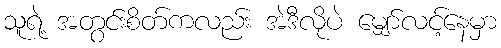
သူရဲ့ အတွင်းစိတ်ကလည်း အဲဒီလိုပဲ မျှော်လင့်နေမှာ